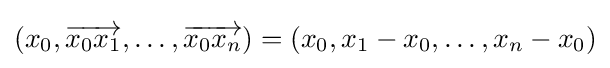
(x_{0},{\overrightarrow {x_{0}x_{1}}},\dots ,{\overrightarrow {x_{0}x_{n}}})=\left(x_{0},x_{1}-x_{0},\dots ,x_{n}-x_{0}\right)